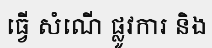
ធ្វើ សំណើ ផ្លូវការ និង